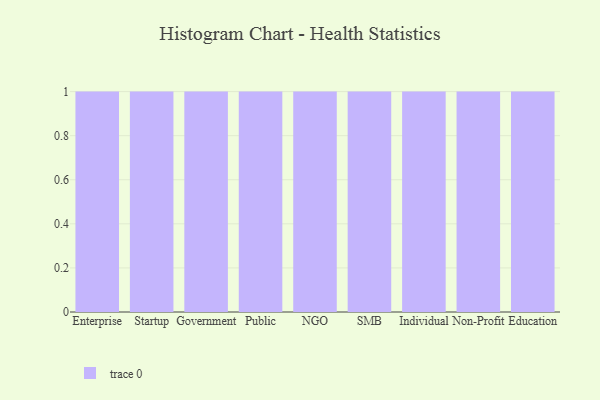
{"axis": {"x": "Segment", "y": "Budget (USD K)"}, "legend": [""], "data": [{"x": "Enterprise", "y": 22, "type": ""}, {"x": "Startup", "y": 83, "type": ""}, {"x": "Government", "y": 16, "type": ""}, {"x": "Public", "y": 29, "type": ""}, {"x": "NGO", "y": 98, "type": ""}, {"x": "SMB", "y": 65, "type": ""}, {"x": "Individual", "y": 33, "type": ""}, {"x": "Non-Profit", "y": 100, "type": ""}, {"x": "Education", "y": 6, "type": ""}]}